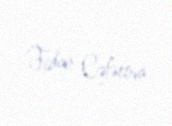
Fidan Cəfərova